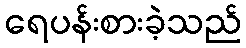
ရေပန်းစားခဲ့သည်